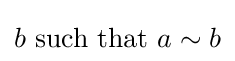
b{\text{ such that }}a\sim b